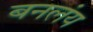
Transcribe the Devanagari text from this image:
बनलंय